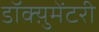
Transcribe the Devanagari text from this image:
डॉक्य़ुमेंटरी